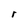
Character: r